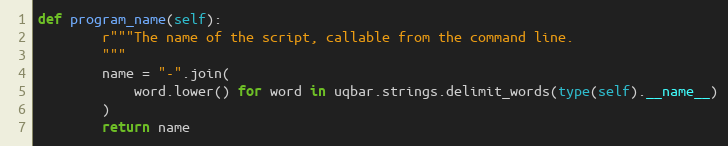
Language: Python
def program_name(self):
        r"""The name of the script, callable from the command line.
        """
        name = "-".join(
            word.lower() for word in uqbar.strings.delimit_words(type(self).__name__)
        )
        return name